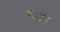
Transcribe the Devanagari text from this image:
नेआण